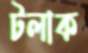
টলাক